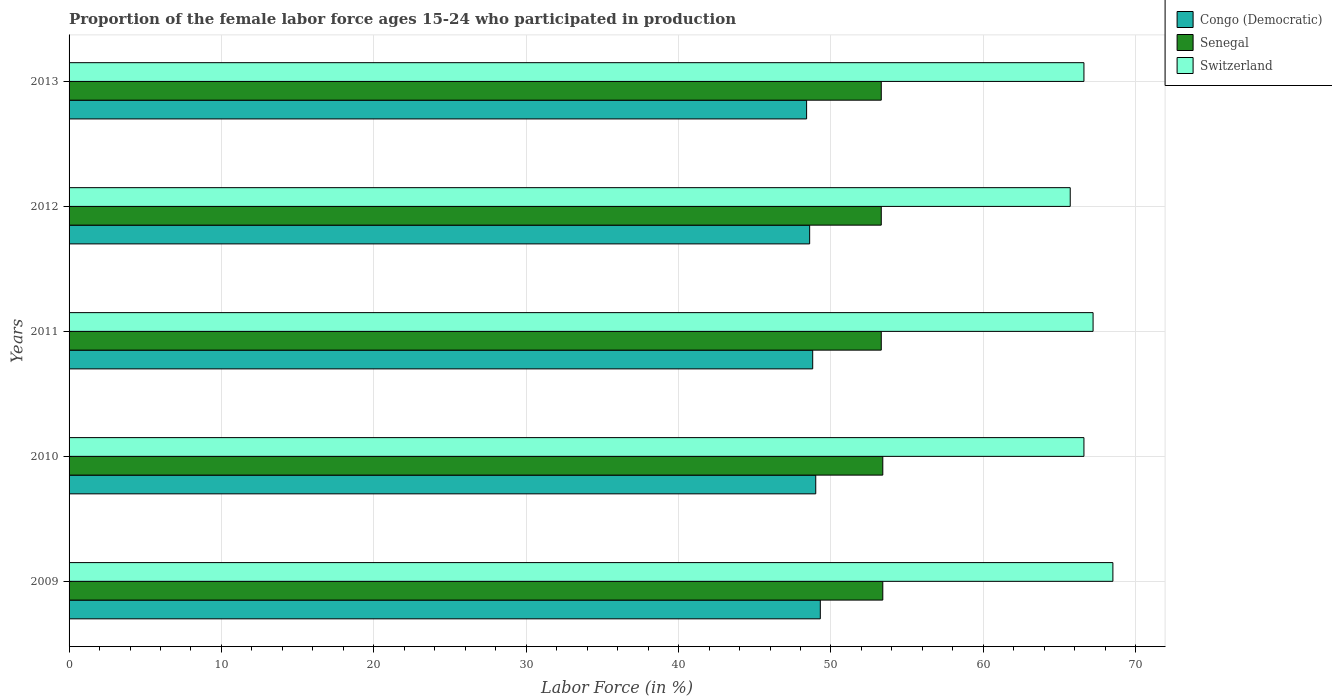
| Years | Congo (Democratic) | Senegal | Switzerland |
 | --- | --- | --- | --- |
 | 2009 | 49.3 | 53.4 | 68.5 |
 | 2010 | 49 | 53.4 | 66.6 |
 | 2011 | 48.8 | 53.3 | 67.2 |
 | 2012 | 48.6 | 53.3 | 65.7 |
 | 2013 | 48.4 | 53.3 | 66.6 |